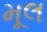
મૂલ